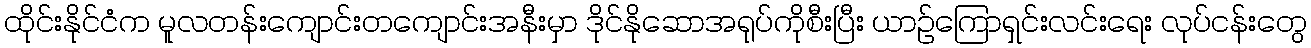
ထိုင်းနိုင်ငံက မူလတန်းကျောင်းတကျောင်းအနီးမှာ ဒိုင်နိုဆောအရုပ်ကိုစီးပြီး ယာဉ်ကြောရှင်းလင်းရေး လုပ်ငန်းတွေ